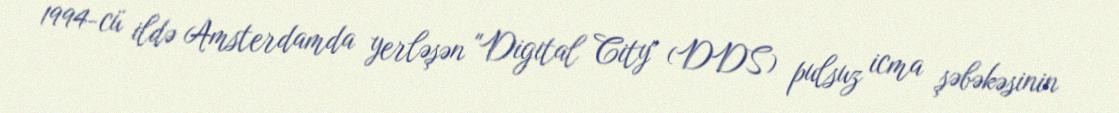
1994-cü ildə Amsterdamda yerləşən "Digital City" (DDS) pulsuz icma şəbəkəsinin